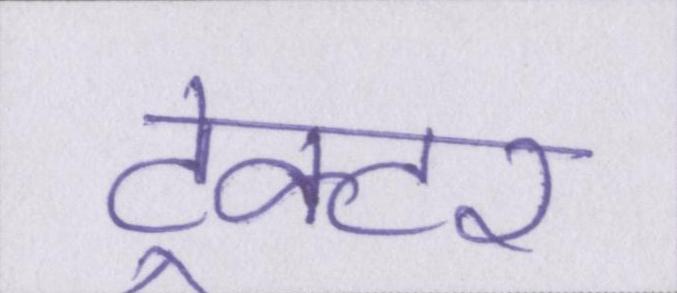
ट्रेक्टर